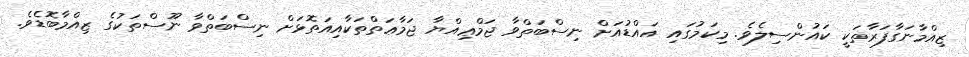
ޒިއްމާނަގާފަރާތަކީ ކައުންސިލެވެ. މިކަމުގައި އައްޑުއަށް ނިސްބަތްވާ ޖަމްޢިއްޔާ ޖަމާޢަތްތަކާއިއަތޮޅަށް ނިސްބަތްވާ ނޫސްތަކުގެ ޒިއްމާބޮޑެވެ.